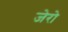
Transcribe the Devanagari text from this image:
जेरो